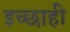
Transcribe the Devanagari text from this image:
इच्छाही